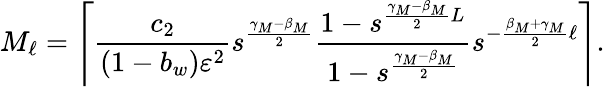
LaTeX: M_{\ell}=\Bigg\lceil\frac{c_{2}}{(1-b_{w})\varepsilon^{2}}s^{\frac{\gamma_{M}-\beta_{M}}{2}}\frac{1-s^{\frac{\gamma_{M}-\beta_{M}}{2}L}}{1-s^{\frac{\gamma_{M}-\beta_{M}}{2}}}s^{-\frac{\beta_{M}+\gamma_{M}}{2}\ell}\Bigg\rceil.